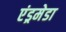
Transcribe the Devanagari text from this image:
एंड्रमेडा